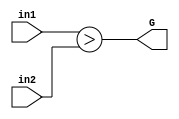
`timescale 1ns/1ns
module camparator(input[9:0] in1, in2, output G);

assign G = (in1 > in2); 

endmodule